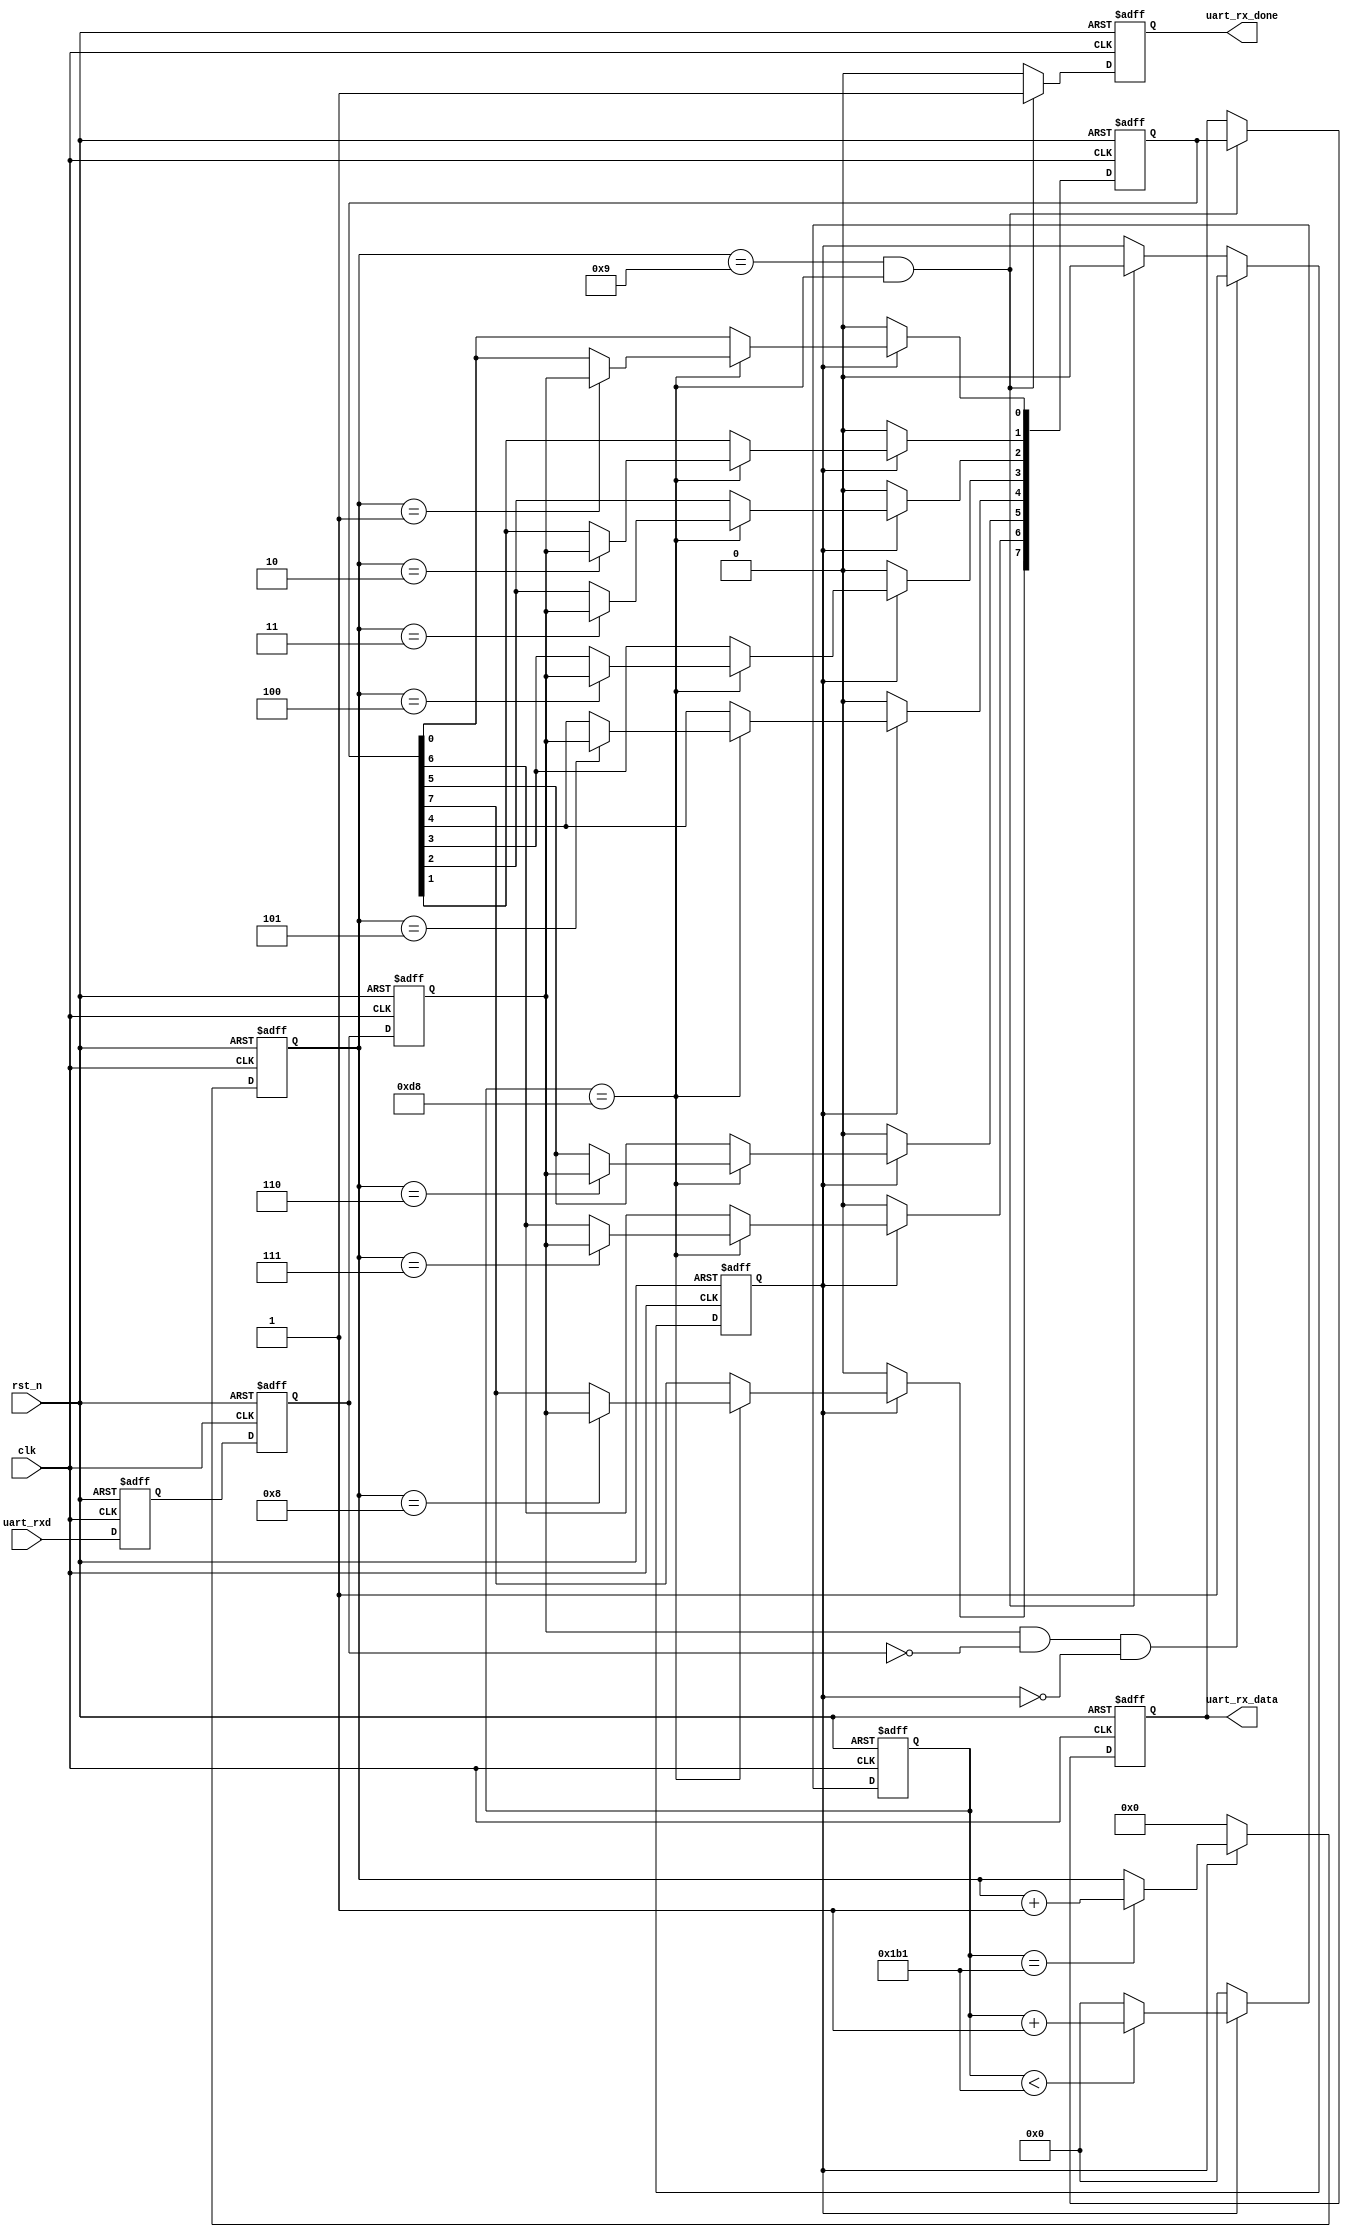
//****************************************Copyright (c)***********************************//
//www.yuanzige.com
//http://www.openedv.com/forum.php
//https://zhengdianyuanzi.tmall.com
//""ZYNQ & FPGA & STM32 & LINUX
//
//Copyright(C)  2023-2033
//All rights reserved                                  
//----------------------------------------------------------------------------------------
// File name:           uart_rx
// Created by:          
// Created date:        202321614:20:02
// Version:             V1.0
// Descriptions:        UART
//
//----------------------------------------------------------------------------------------
//****************************************************************************************//

module uart_rx(
    input               clk         ,  //
    input               rst_n       ,  //

    input               uart_rxd    ,  //UART
    output  reg         uart_rx_done,  //UART
    output  reg  [7:0]  uart_rx_data   //UART
    );

//parameter define
parameter CLK_FREQ = 50_000_000;               //
parameter UART_BPS = 115200  ;               //
localparam BAUD_CNT_MAX = CLK_FREQ/UART_BPS;  //BPS_CNT

//reg define
reg          uart_rxd_d0;
reg          uart_rxd_d1;
reg          uart_rxd_d2;
reg          rx_flag    ;  //
reg  [3:0 ]  rx_cnt     ;  //
reg  [15:0]  baud_cnt   ;  //
reg  [7:0 ]  rx_data_t  ;  //

//wire define
wire        start_en;

//*****************************************************
//**                    main code
//*****************************************************
//()
assign start_en = uart_rxd_d2 & (~uart_rxd_d1) & (~rx_flag);

//
always @(posedge clk or negedge rst_n) begin
    if(!rst_n) begin
        uart_rxd_d0 <= 1'b0;
        uart_rxd_d1 <= 1'b0;
        uart_rxd_d2 <= 1'b0;
    end
    else begin
        uart_rxd_d0 <= uart_rxd;
        uart_rxd_d1 <= uart_rxd_d0;
        uart_rxd_d2 <= uart_rxd_d1;
    end
end

//
always @(posedge clk or negedge rst_n) begin
    if(!rst_n) 
        rx_flag <= 1'b0;
    else if(start_en)    //
        rx_flag <= 1'b1; //rx_flag
    //rx_flag
    else if((rx_cnt == 4'd9) && (baud_cnt == BAUD_CNT_MAX/2 - 1'b1))
        rx_flag <= 1'b0;
    else
        rx_flag <= rx_flag;
end        

//
always @(posedge clk or negedge rst_n) begin
    if(!rst_n) 
        baud_cnt <= 16'd0;
    else if(rx_flag) begin     //baud_cnt
        if(baud_cnt < BAUD_CNT_MAX - 1'b1)
            baud_cnt <= baud_cnt + 16'b1;
        else 
            baud_cnt <= 16'd0; //
    end    
    else
        baud_cnt <= 16'd0;     //
end

//rx_cnt
always @(posedge clk or negedge rst_n) begin
    if(!rst_n) 
        rx_cnt <= 4'd0;
    else if(rx_flag) begin                  //rx_cnt
        if(baud_cnt == BAUD_CNT_MAX - 1'b1) //
            rx_cnt <= rx_cnt + 1'b1;        //1
        else
            rx_cnt <= rx_cnt;
    end
    else
        rx_cnt <= 4'd0;                     //
end        

//rx_cntrxd
always @(posedge clk or negedge rst_n) begin
    if(!rst_n) 
        rx_data_t <= 8'b0;
    else if(rx_flag) begin                           //
        if(baud_cnt == BAUD_CNT_MAX/2 - 1'b1) begin  //baud_cnt
           case(rx_cnt)
               4'd1 : rx_data_t[0] <= uart_rxd_d2;   //
               4'd2 : rx_data_t[1] <= uart_rxd_d2;
               4'd3 : rx_data_t[2] <= uart_rxd_d2;
               4'd4 : rx_data_t[3] <= uart_rxd_d2;
               4'd5 : rx_data_t[4] <= uart_rxd_d2;
               4'd6 : rx_data_t[5] <= uart_rxd_d2;
               4'd7 : rx_data_t[6] <= uart_rxd_d2;
               4'd8 : rx_data_t[7] <= uart_rxd_d2;   //
               default : ;
            endcase  
        end
        else
            rx_data_t <= rx_data_t;
    end
    else
        rx_data_t <= 8'b0;
end        

//
always @(posedge clk or negedge rst_n) begin
    if(!rst_n) begin
        uart_rx_done <= 1'b0;
        uart_rx_data <= 8'b0;
    end
    //baud_cnt
    else if(rx_cnt == 4'd9 && baud_cnt == BAUD_CNT_MAX/2 - 1'b1) begin
        uart_rx_done <= 1'b1     ;  //
        uart_rx_data <= rx_data_t;  //UART
    end    
    else begin
        uart_rx_done <= 1'b0;
        uart_rx_data <= uart_rx_data;
    end
end

endmodule